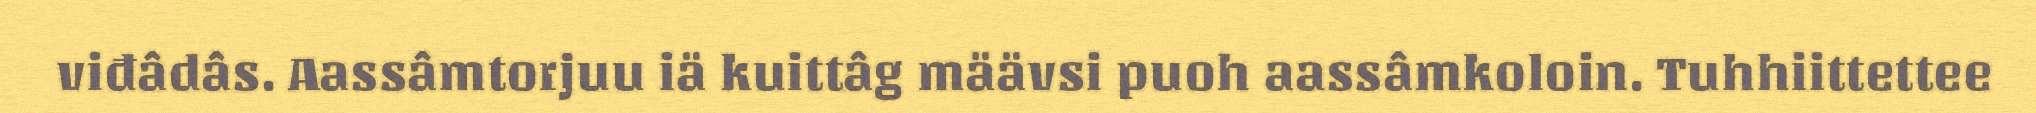
viđâdâs. Aassâmtorjuu iä kuittâg määvsi puoh aassâmkoloin. Tuhhiittettee